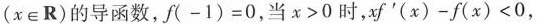
(x\in R)的导函数，$$